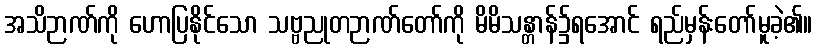
အသိဉာဏ်ကို ဟောပြနိုင်သော သဗ္ဗညုတဉာဏ်တော်ကို မိမိသန္တာန်၌ရအောင် ရည်မှန်းတော်မူခဲ့၏။